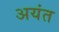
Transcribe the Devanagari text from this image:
अयंत